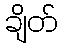
ချိတ်